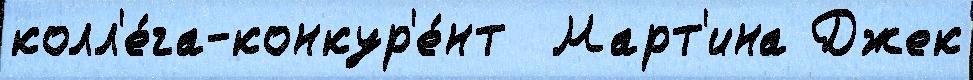
колл'е́га-конкур'е́нт  Март'ина Джек